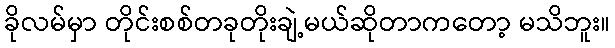
ခိုလမ်မှာ တိုင်းစစ်တခုတိုးချဲ့မယ်ဆိုတာကတော့ မသိဘူး။